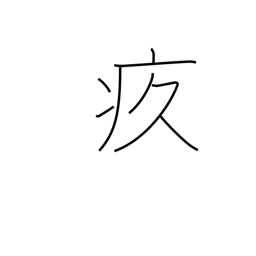
Meaning: painful